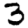
Digit: 3